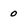
Character: 0